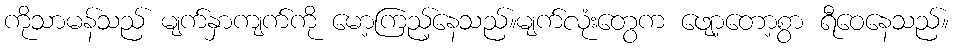
ကိုသာမန်သည် မျက်နှာကျက်ကို မော့ကြည့်နေသည်။မျက်လုံးတွေက ဖျော့တော့စွာ ရီဝေနေသည်။